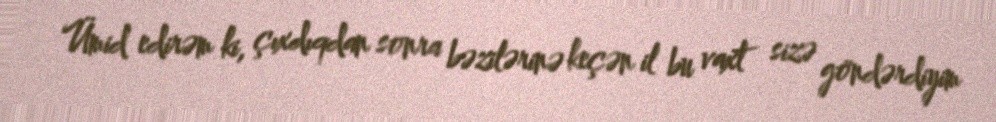
Ümid edirəm ki, çıxdıqdan sonra bəzilərinə keçən il bu vaxt sizə göndərdiyim